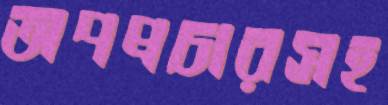
অপপ্রচারসহ